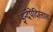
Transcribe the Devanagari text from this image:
इन्देपेंदिस्तास